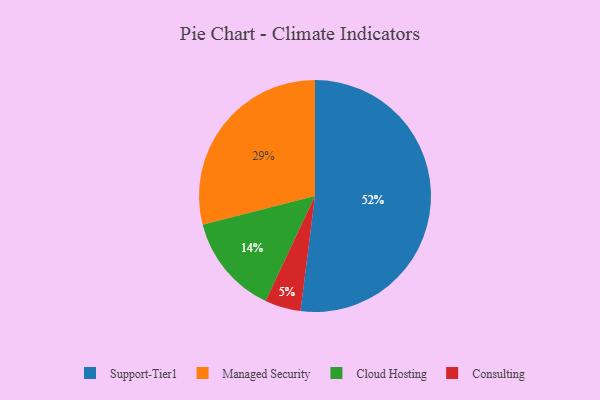
{"axis": {"x": "Category", "y": "Percentage"}, "legend": ["Cloud Hosting", "Consulting", "Managed Security", "Support-Tier1"], "data": [{"x": "Cloud Hosting", "y": 14, "type": "Cloud Hosting"}, {"x": "Support-Tier1", "y": 52, "type": "Support-Tier1"}, {"x": "Managed Security", "y": 29, "type": "Managed Security"}, {"x": "Consulting", "y": 5, "type": "Consulting"}]}